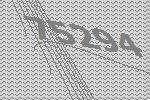
75294